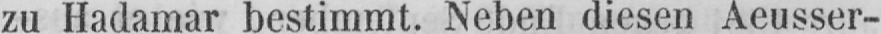
zu Hadamar bestimmt. Neben diesen Aeusser-